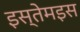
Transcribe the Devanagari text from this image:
इस्तेमइस